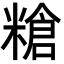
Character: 𥻲